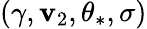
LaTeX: (\gamma,\mathbf{v}_{2},\theta_{\ast},\sigma)